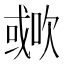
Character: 𣤐